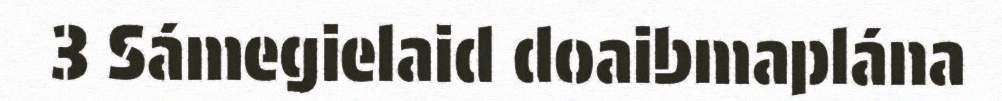
3 Sámegielaid doaibmaplána